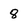
Character: 8